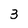
Character: 3